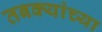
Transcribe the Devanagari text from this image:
तबक्यांच्या